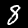
Label: 8